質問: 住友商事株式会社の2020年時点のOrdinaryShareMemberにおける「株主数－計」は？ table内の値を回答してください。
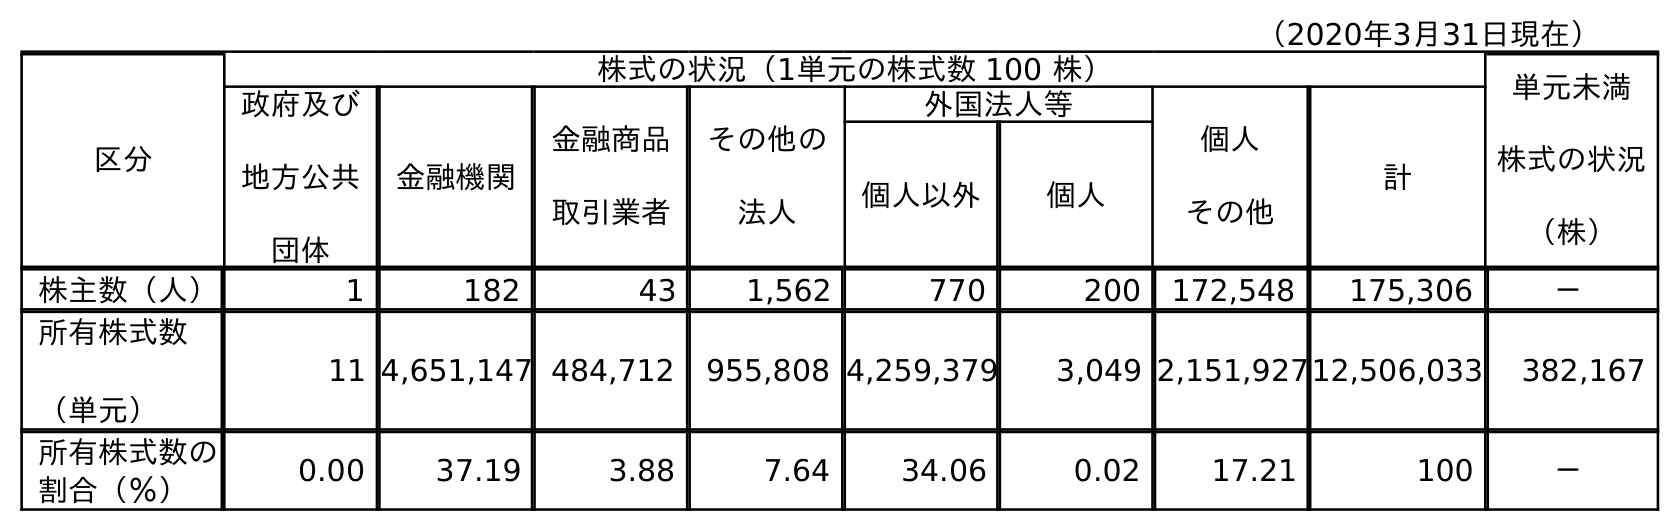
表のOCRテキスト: （2020年3月31日現在） 区分 株式の状況（1単元の株式数 100 株） 単元未満 株式の状況 （株） 政府及び 地方公共 団体 金融機関 金融商品 取引業者 その他の 法人 外国法人等 個人 その他 計 個人以外 個人 株主数（人） 1 182 43 1,562 770 200 172,548 175,306 － 所有株式数 （単元） 11 4,651,147 484,712 955,808 4,259,379 3,049 2,151,92712,506,033 382,167 所有株式数の 割合（％） 0.00 37.19 3.88 7.64 34.06 0.02 17.21 100 －
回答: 175,306